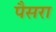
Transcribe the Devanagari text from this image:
पैसरा